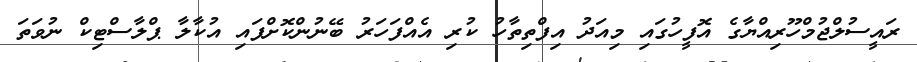
ރައީސުލްޖުމްހޫރިއްޔާގެ އޮފީހުގައި މިއަދު އިފްތިތާހު ކުރި އެއްފަހަރު ބޭނުންކޮށްފައި އުކާލާ ޕްލާސްޓިކް ނުވަތަ